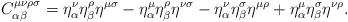
LaTeX: \begin{align*}C^{\mu\nu\rho\sigma}_{\alpha\beta}=\eta^\nu_\alpha\eta^\rho_\beta\eta^{\mu\sigma}-\eta^\mu_\alpha\eta^\rho_\beta\eta^{\nu\sigma}-\eta^\nu_\alpha\eta^\sigma_\beta\eta^{\mu\rho}+\eta^\mu_\alpha\eta^\sigma_\beta\eta^{\nu\rho}. \end{align*}